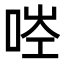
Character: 𠳥